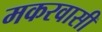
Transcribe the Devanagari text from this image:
मकरवासी